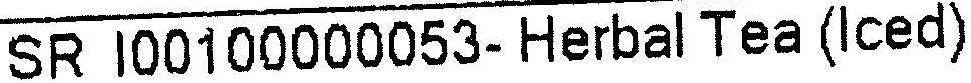
SR I00100000053- HERBAL TEA (ICED)